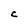
Character: C